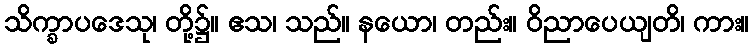
သိက္ခာပဒေသု၊ တို့၌။ ဧသ၊ သည်။ နယော၊ တည်း။ ဝိညာပေယျတိ၊ ကား။